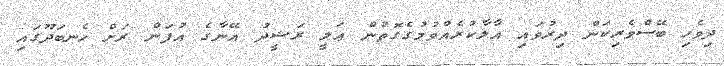
ދިވެހި ބޭސްވެރިކަން ދިރުވައި އާލާކުރެއްވުމުގެގޮތުން ޢަލީ ރަޝީދު އޭނާގެ އުފަން ރަށް ހެނބަދޫގައި